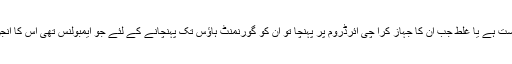
میں نے سُنا ہے واللہ اعلم درست ہے یا غلط جب ان کا جہاز کرا چی ائرڈروم پر پہنچا تو ان کو گورنمنٹ ہاؤس تک پہنچانے کے لئے جو ایمبولنس تھی اس کا انجن درست حالت میں نہیں تھا ۔